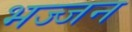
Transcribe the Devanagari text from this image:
भज्जन